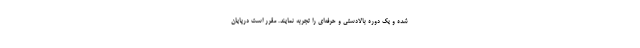
شده و یک دوره بالادستی و حرفه‌ای را تجربه نمایند. مقرر است درپایان